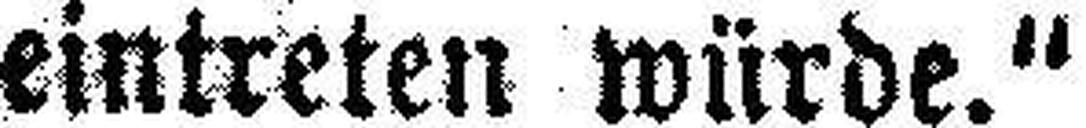
eintreten würde.“